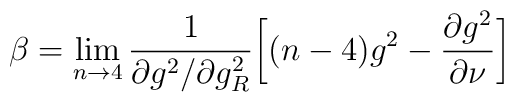
\beta=\lim_{n\rightarrow 4}\frac{1}{{\partial g^{2}}/{\partial g^{2}_{R}}}\biggl[ (n-4)g^{2}-\frac{{\partial g^{2}}}{{\partial \nu}} \biggr]